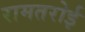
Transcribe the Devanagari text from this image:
रामतरोई